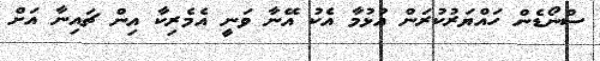
ސްނޯޑެން ހައްޔަރުކުރަން އުޅުމާ އެކު އޭނާ ވަނީ އެމެރިކާ އިން ޗައިނާ އަށް